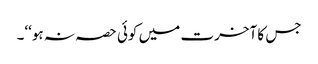
جس کا آخرت میں کوئی حصہ نہ ہو‘‘۔